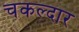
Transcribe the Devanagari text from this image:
चकल्दार